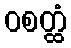
ဝစတ္ထံ